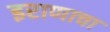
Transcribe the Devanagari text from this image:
इराणाचा